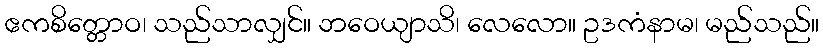
ဧကစိတ္တောဝ၊ သည်သာလျှင်။ ဘဝေယျာသိ၊ လေလော။ ဥဒကံနာမ၊ မည်သည်။